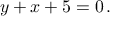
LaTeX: y + x + 5 = 0 \, .